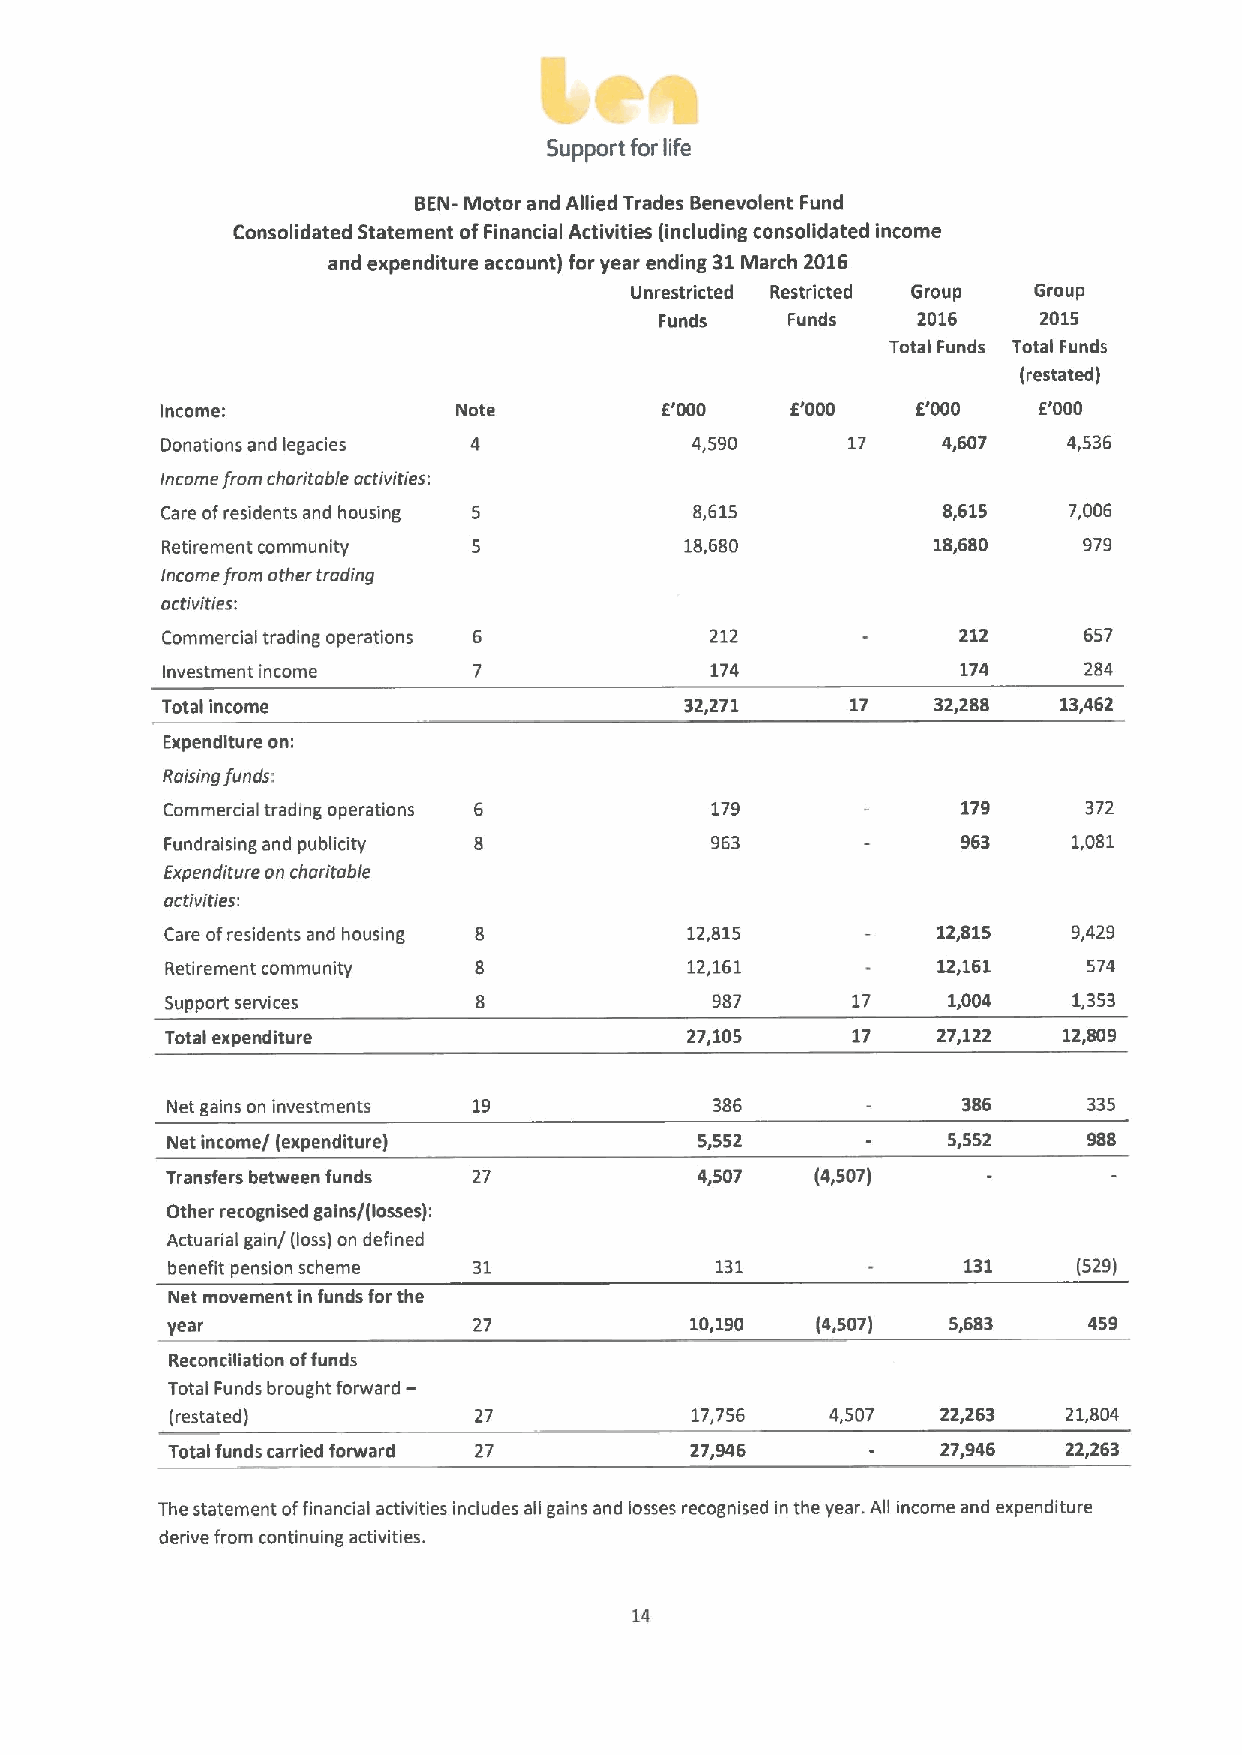
Support for life
 BEN- Motor and Allied Trades Benevolent Fund
 Consolidated Statement ofFinancial Activities (including consolidated income
 and expenditure account) for year ending 31March 2016
 Unrestricted Restricted Group Group
 Funds   Funds    2016    2015
 Totalrunds Total Funds
 (restated)
 Income:            Note          E'000   E'000    E'000   E'000
 Donations and legacies             4,590     17    4,607    4,536
 Income from charitable activities:
 Care ofresidents and housing       8,615           8,615    7,006
 Retirement community              18,680           18,680    979
 Income from other trading
 activities:
 Commercial trading operations       212              212     657
 Investment income                   174              174     284
 Total income                      32,271     17    32,288  13,462
 Expenditure on:
 Raising funds:
 Commercial trading operations       179              179     372
 Fundraising and publicity           963              963    1,081
 Expenditure on charitable
 activities:
 Care ofresidents and housing      12,815           12,815   9,429
 Retirement community              12,161           12,161    574
 Support services                    987      17     1,004   1,353
 Total expenditure                 27,105     17    27,122  12,809
 Net gains on investments 19         386              386     335
 Net income/ (expenditure)          5,552            5,552    988
 Transfers between funds 27         4,507   (4,507)
 Other recognised gains/(losses):
 Actuarial gain/(loss) on defined
 benefit pension scheme 31           131              131    (529)
 Net movement in funds forthe
 year                27             10,190  (4,507)  5,683    459
 Reconciliation offunds
 Total Funds brought forward—
 (restated)          27             17,756   4,507  22,263   21,804
 Total funds carried forward 27     27,946          27,946   22,263
 The statement offinancial activities includes all gains and losses recognised in the year. All income and expenditure
 derive from continuing activities.
 14